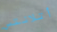
أتلانتس